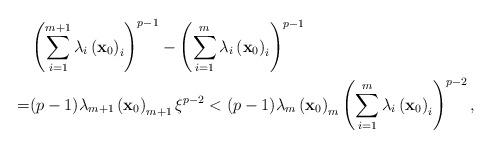
LaTeX: \begin{align*} & \left ( \sum^{m+1}_{i=1}\lambda_i\left( {\bf x}_0 \right)_i\right )^{p-1}-\left ( \sum^m_{i=1}\lambda_i\left( {\bf x}_0 \right)_i\right )^{p-1} \\ =&(p-1)\lambda_{m+1}\left( {\bf x}_0 \right)_{m+1} \xi^{p-2} <(p-1)\lambda_{m}\left( {\bf x}_0 \right)_m\left ( \sum^m_{i=1}\lambda_i\left( {\bf x}_0 \right)_i\right )^{p-2},\end{align*}